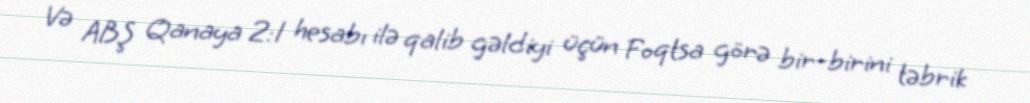
Və ABŞ Qanaya 2:1 hesabı ilə qalib gəldiyi üçün Foqtsa görə bir-birini təbrik